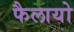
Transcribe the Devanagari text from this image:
फैलायो